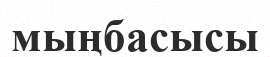
мыңбасысы